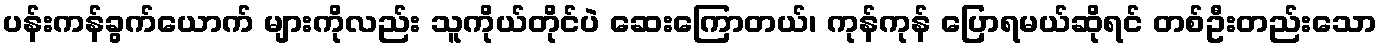
ပန်းကန်ခွက်ယောက် များကိုလည်း သူကိုယ်တိုင်ပဲ ဆေးကြောတယ်၊ ကုန်ကုန် ပြောရမယ်ဆိုရင် တစ်ဦးတည်းသော